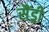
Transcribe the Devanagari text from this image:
सैंड्री